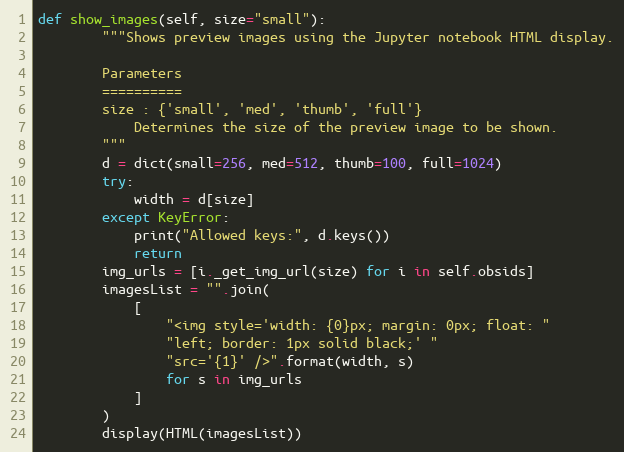
Language: Python
def show_images(self, size="small"):
        """Shows preview images using the Jupyter notebook HTML display.

        Parameters
        ==========
        size : {'small', 'med', 'thumb', 'full'}
            Determines the size of the preview image to be shown.
        """
        d = dict(small=256, med=512, thumb=100, full=1024)
        try:
            width = d[size]
        except KeyError:
            print("Allowed keys:", d.keys())
            return
        img_urls = [i._get_img_url(size) for i in self.obsids]
        imagesList = "".join(
            [
                "<img style='width: {0}px; margin: 0px; float: "
                "left; border: 1px solid black;' "
                "src='{1}' />".format(width, s)
                for s in img_urls
            ]
        )
        display(HTML(imagesList))